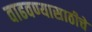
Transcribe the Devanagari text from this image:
वाढवण्यासाठीचे